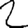
Digit: 2